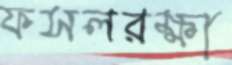
ফসলরক্ষা